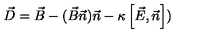
\vec { D } = \vec { B } - ( \vec { B } \vec { n } ) \vec { n } - \kappa \left[ \vec { E } , \vec { n } \right] )